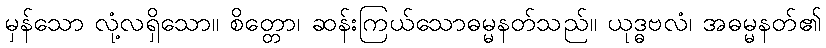
မှန်သော လုံ့လရှိသော။ စိတ္တော၊ ဆန်းကြယ်သောဓမ္မနတ်သည်။ ယုဒ္ဓဗလံ၊ အဓမ္မနတ်၏